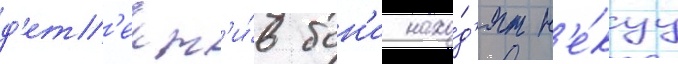
д'ет'ект'и́в бон'и нахо́д'ят н'е́куу